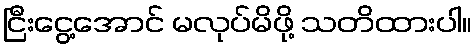
ငြီးငွေ့အောင် မလုပ်မိဖို့ သတိထားပါ။